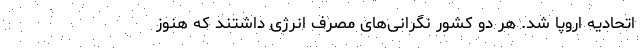
اتحادیه اروپا شد. هر دو کشور نگرانی‌های مصرف انرژی داشتند که هنوز